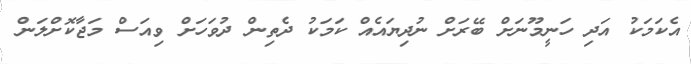
އެކަމަކު އަދި ހަނީމޫނަށް ބޭރަށް ނުދިޔައެއް ކަމަކު ދެތިން ދުވަހަށް ވިއަސް މަޖާކޮށްލަން